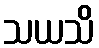
သယသိ